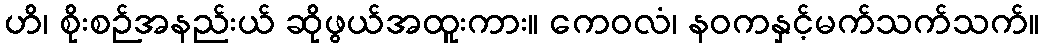
ဟိ၊ စိုးစဉ်အနည်းယ် ဆိုဖွယ်အထူးကား။ ကေဝလံ၊ နဝကနှင့်မက်သက်သက်။